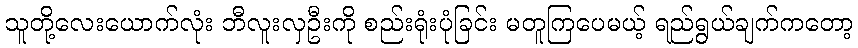
သူတို့လေးယောက်လုံး ဘီလူးလှဦးကို စည်းရုံးပုံခြင်း မတူကြပေမယ့် ရည်ရွယ်ချက်ကတော့